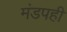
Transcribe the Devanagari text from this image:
मंडपही